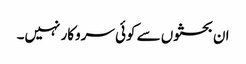
ان بحثوں سے کوئی سروکار نہیں۔